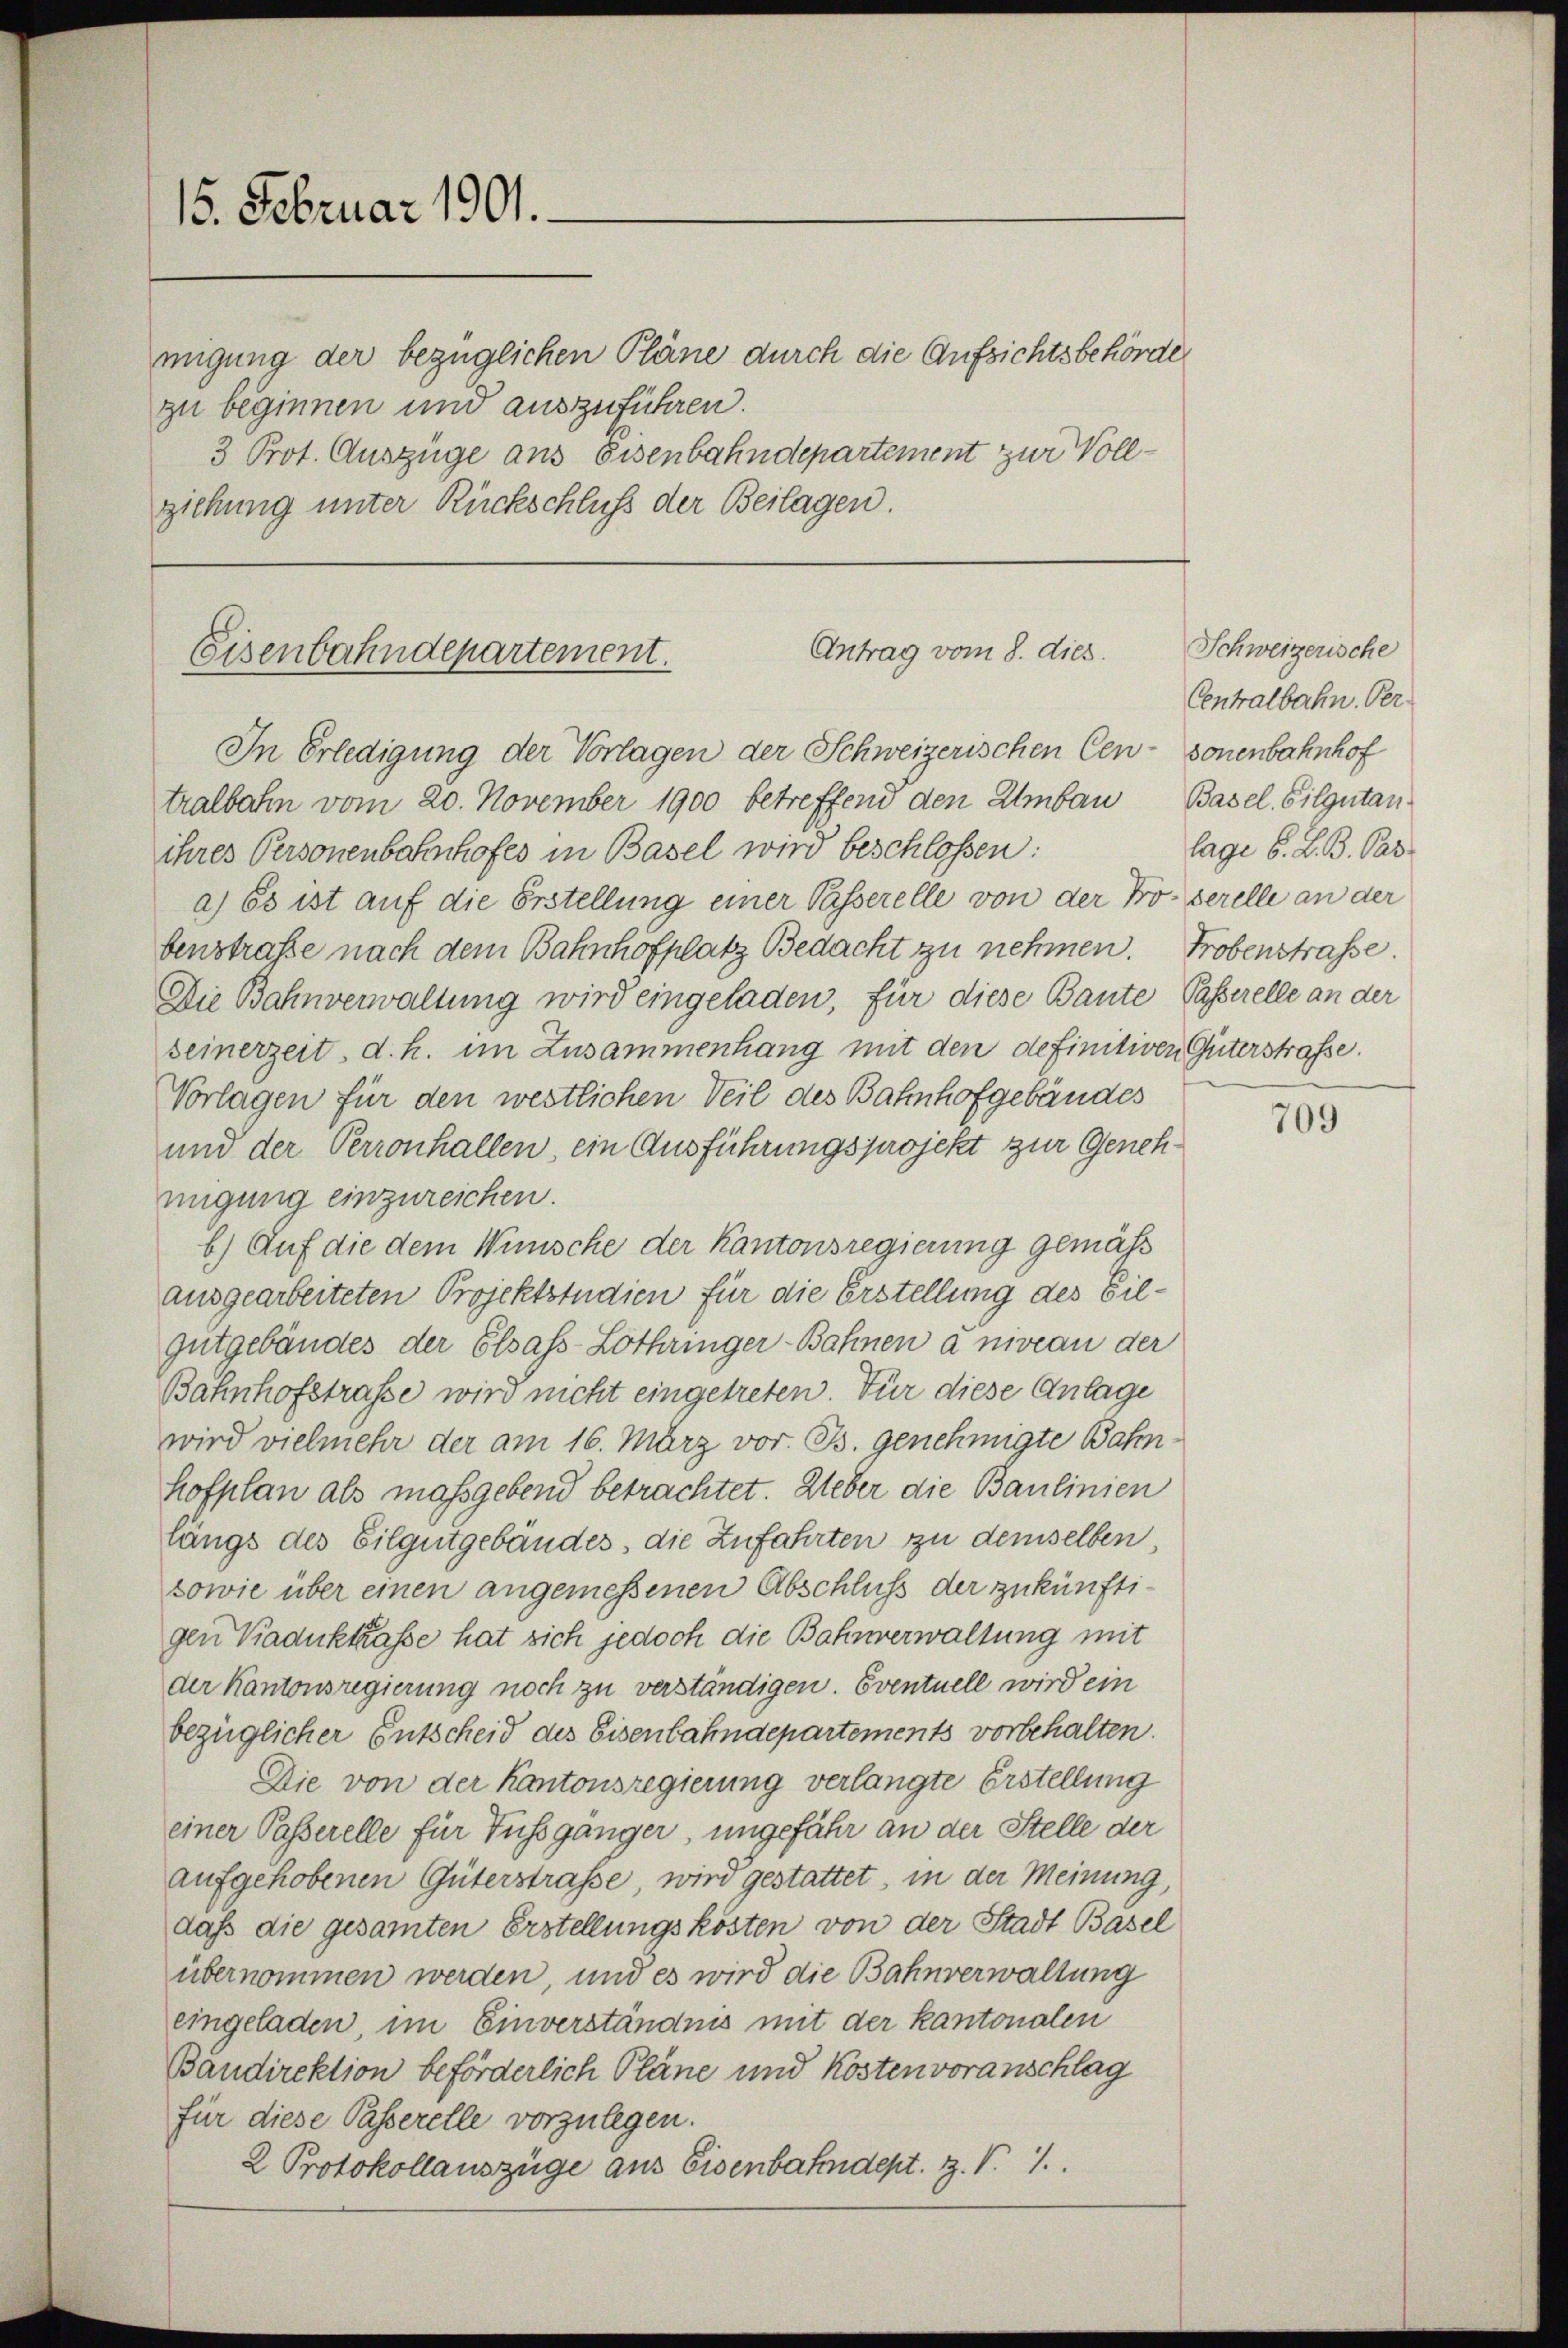
15. Februar 1901.

migung der bezüglichen Pläne durch die Aufsichtsbehörde
zu beginnen und auszuführen.
3 Prot. Auszüge aus Eisenbahndepartement zur Vollziehung unter Rückschluß der Beilagen.

Antrag vom 8. dies.
Eisenbahndepartement.

In Erledigung der Vorlagen der Schweizerischen Cen-sonenbahnhof
tralbahn vom 20. November 1900 betreffend den Umbau Basel. Gilgutanihres Personenbahnhofes in Basel wird beschlossen:
a) Es ist auf die Erstellung einer Passerelle von der Proserelle an der
benstrafe nach dem Bahnhofplatz Bedacht zu nehmen. Probenstraße.
Die Bahnverwaltung wird eingeladen, für diese Baute Passerelle an der
seinerzeit. d. h. im Zusammenhang mit den definitiven Güterstrafe.
Vorlagen für den westlichen Teil des Bahnhofgebäudes
und der Perronhallen, ein Ausführungsprojekt zur Genehmigung einzureichen.
b.) Auf die dem Wünsche der Kantonsregierung gemäß
ausgearbeiteten Projektstudien für die Erstellung des Eilgutgebäudes der Elsass-Lothringer-Bahnen à niveau der
Bahnhofstrafe wird nicht eingetreten. Für diese Anlage
wird vielmehr der am 16. März vor. Js. genehmigte Bahnhofplan als maßgebend betrachtet. Ueber die Baulinien
längs des Eilgutgebäudes, die Zufahrten zu demselben,
sowie über einen angemessenen Abschluß der zukünftigen Kaduktraße hat sich jedoch die Bahnverwaltung mit
der Kantonsregierung noch zu verständigen. Eventuell wird ein
bezüglicher Entscheid des Eisenbahndepartements vorbehalten.
Die von der Kantonsregierung verlangte Erstellung
einer Passerelle für Fussgänger, ungefähr an der Stelle der
aufgehobenen Güterstrafe, wird gestattet, in der Meinung,
daß die gesamten Erstellungskosten von der Stadt Basel
übernommen werden, und es wird die Bahnverwaltung
eingeladen, im Einverständnis mit der Kantonalen
Bandirektion beförderlich Pläne und Kostenvoranschlag
für diese Passerelle vorzulegen.
2 Protokollauszüge aus Eisenbahndept. Z. V. 7.

Schweizerische
Centralbahn. Ver
lage S. L. B. Pas

709